Indian journal of veterinary science and animal husbandry - Volume 11,
Year: 1941
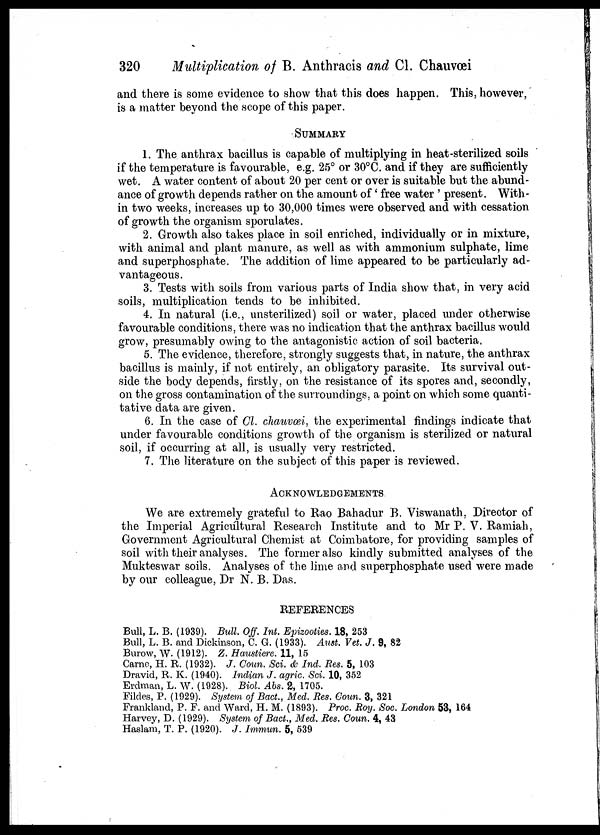
320
Multiplication of B. Anthracis and Cl. Chauvœi
and there is some evidence to show that this does happen. This, however,
is a matter beyond the scope of this paper.
SUMMARY
1. The anthrax bacillus is capable of multiplying in heat-sterilized soils
if the temperature is favourable, e.g. 25° or 30°C. and if they are sufficiently
wet. A water content of about 20 per cent or over is suitable but the abund-
ance of growth depends rather on the amount of' free water ' present. With-
in two weeks, increases up to 30,000 times were observed and with cessation
of growth the organism sporulates.
2. Growth also takes place in soil enriched, individually or in mixture,
with animal and plant manure, as well as with ammonium sulphate, lime
and superphosphate. The addition of lime appeared to be particularly ad-
vantageous.
3. Tests with soils from various parts of India show that, in very acid
soils, multiplication tends to be inhibited.
4. In natural (i.e., unsterilized) soil or water, placed under otherwise
favourable conditions, there was no indication that the anthrax bacillus would
grow, presumably owing to the antagonistic action of soil bacteria.
5. The evidence, therefore, strongly suggests that, in nature, the anthrax
bacillus is mainly, if not entirely, an obligatory parasite. Its survival out-
side the body depends, firstly, on the resistance of its spores and, secondly,
on the gross contamination of the surroundings, a point on which some quanti-
tative data are given.
6. In the case of Cl. chauvœi, the experimental findings indicate that
under favourable conditions growth of the organism is sterilized or natural
soil, if occurring at all, is usually very restricted.
7. The literature on the subject of this paper is reviewed.
ACKNOWLEDGEMENTS
We are extremely grateful to Rao Bahadur B. Viswanath, Director of
the Imperial Agricultural Research Institute and to Mr P. V. Ramiah,
Government Agricultural Chemist at Coimbatore, for providing samples of
soil with their analyses. The former also kindly submitted analyses of the
Mukteswar soils. Analyses of the lime and superphosphate used were made
by our colleague, Dr N. B. Das.
REFERENCES
Bull, L. B. (1939). Bull. Off. Int. Epizooties. 18, 253
Bull, L. B. and Dickinson, C. G. (1933). Aust. Vet. J. 9, 82
Burow, W. (1912). Z. Haustiere. 11, 15
Carne, H. R. (1932). J. Coun. Sci. & Ind. Res. 5, 103
Dravid, R. K. (1940). Indian J. agric. Sci. 10, 352
Erdman, L. W. (1928). Biol. Abs. 2, 1705.
Fildes, P. (1929). System of Bact., Med. Res. Coun. 3, 321
Frankland, P. F. and Ward, H. M. (1893). Proc. Roy. Soc. London 53, 164
Harvey, D. (1929). System of Bact., Med. Res. Coun. 4, 43
Haslam, T. P. (1920). J. Immun. 5, 539